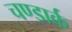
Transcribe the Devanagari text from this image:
चण्डार्क